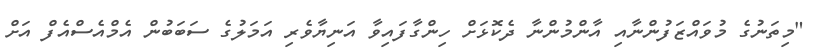
"މިތަނުގެ މުވައްޒަފުންނާއި އާންމުންނާ ދެކޮޅަށް ހިންގާފައިވާ އަނިޔާވެރި އަމަލުގެ ސަބަބުން އެމްއެސްއެފް އަށް